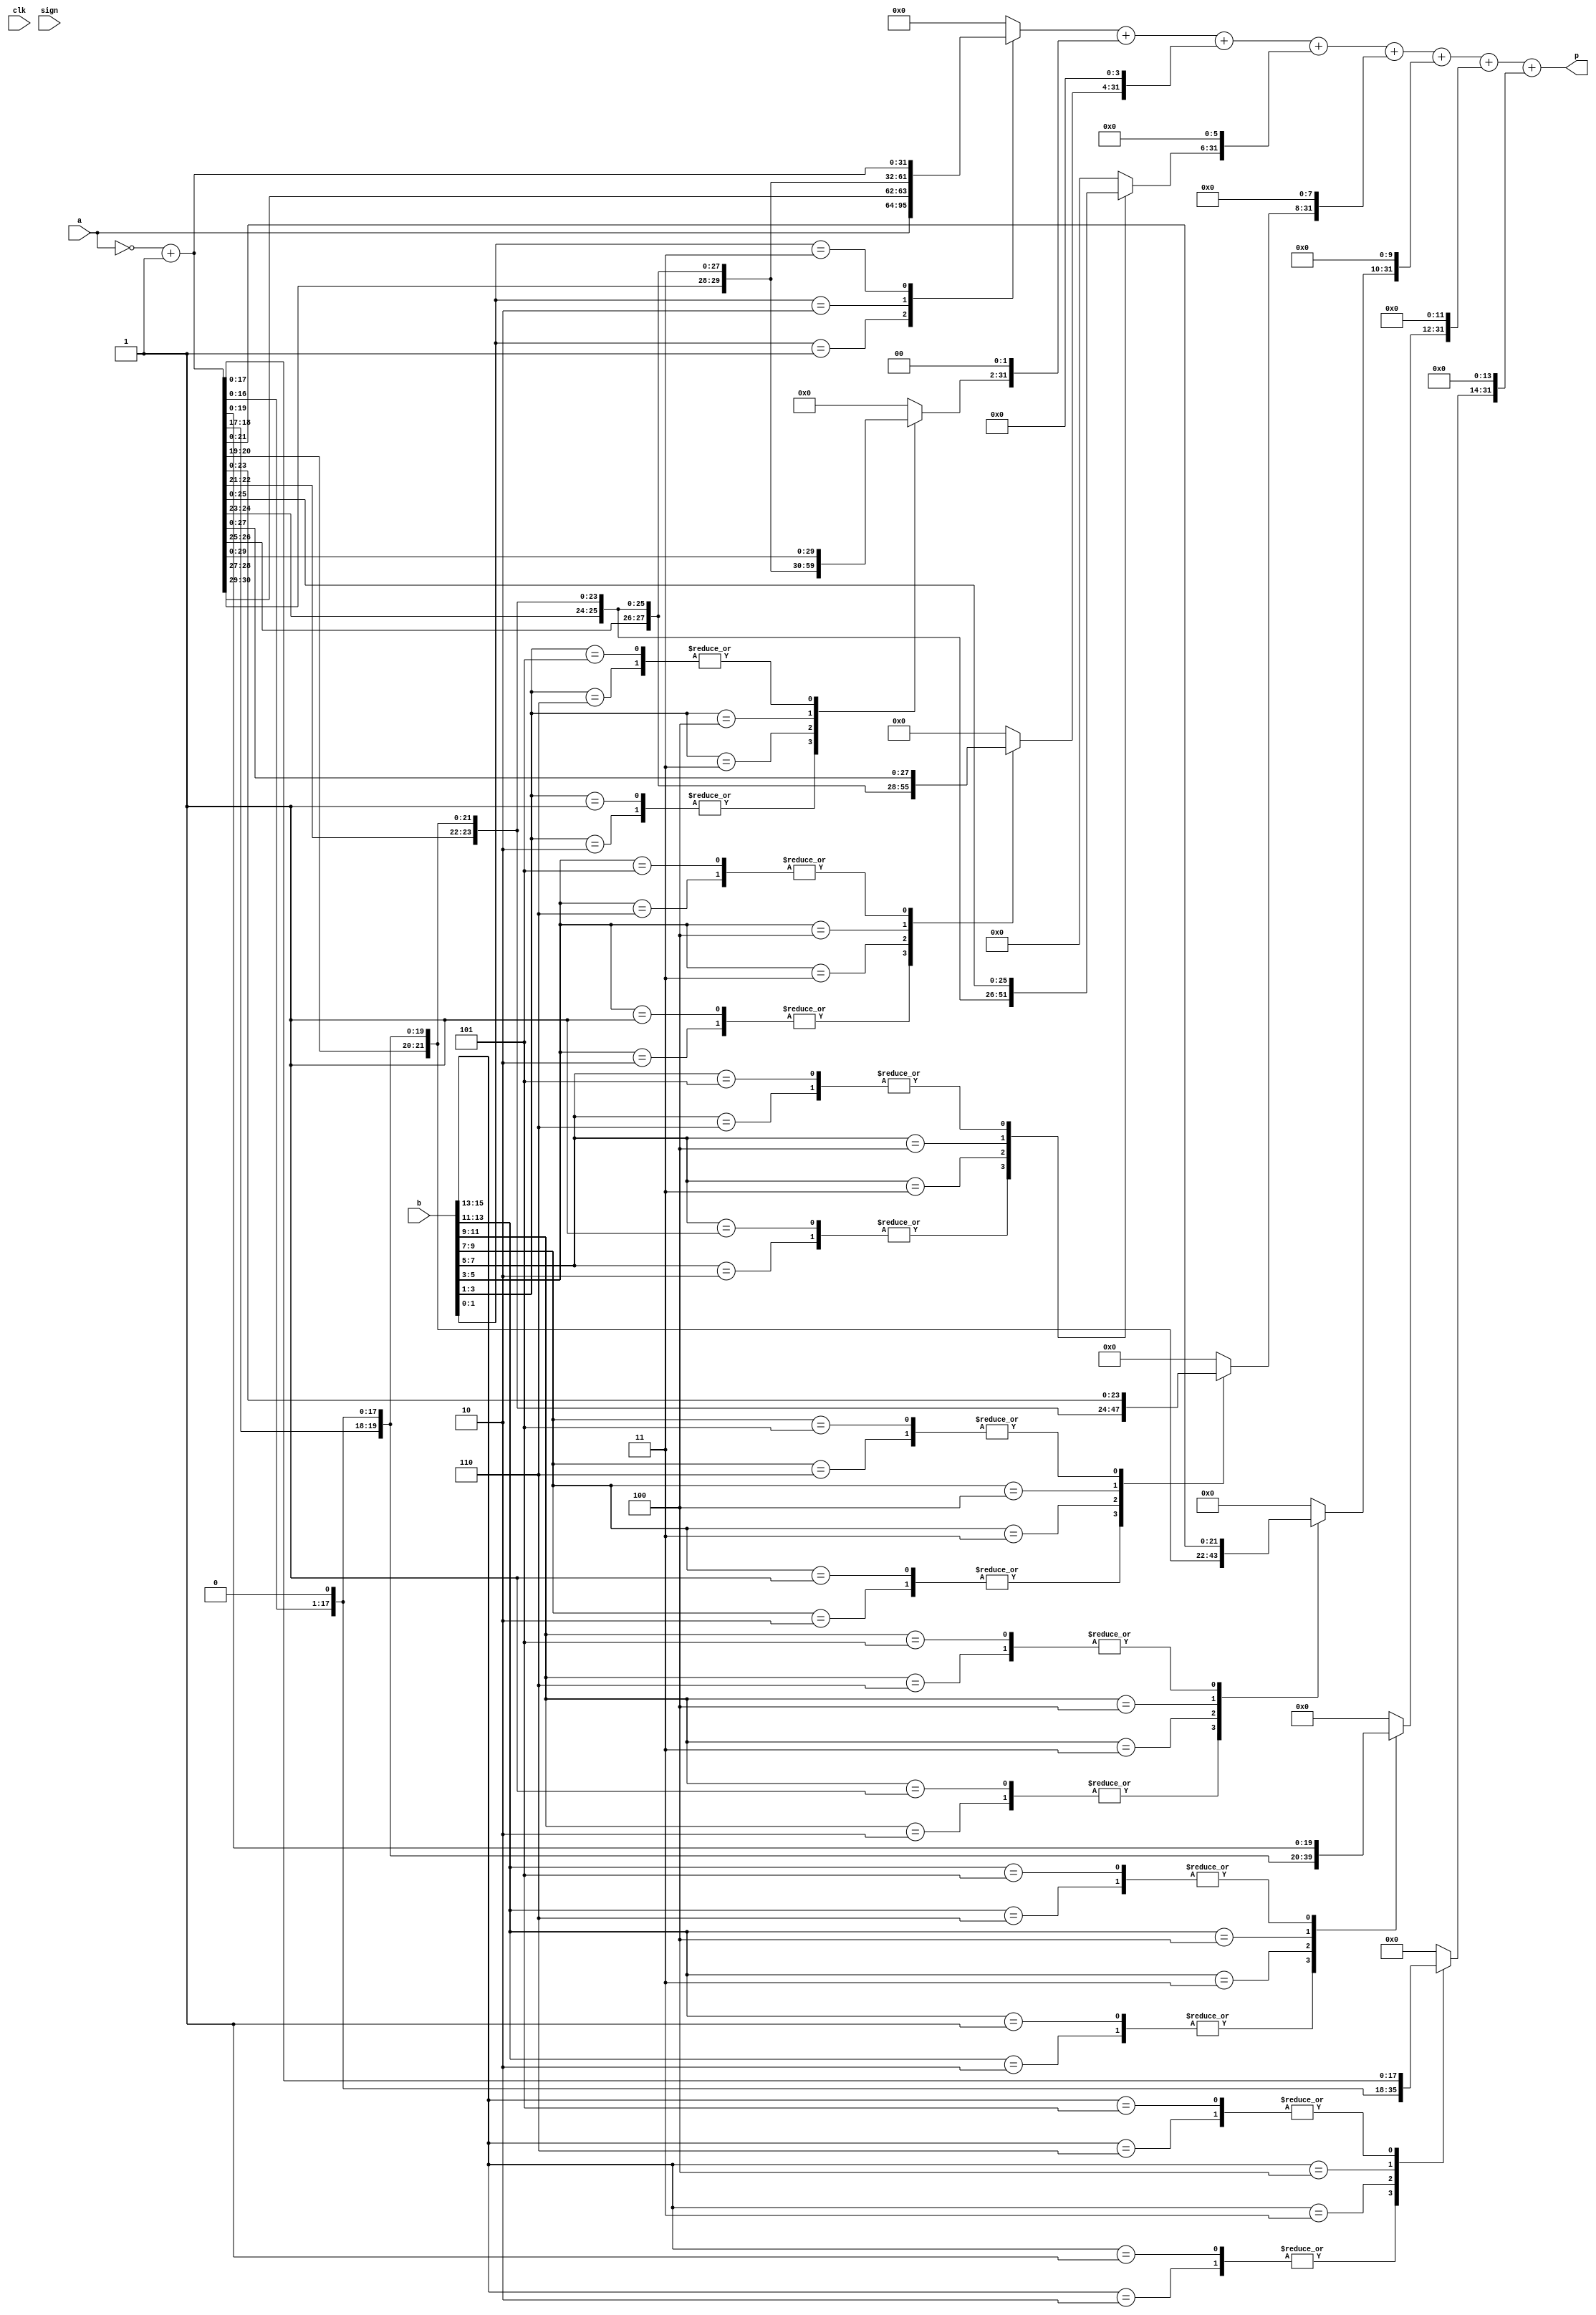
`define width 34
`timescale 1ns/1ps

module booth_mult (p, a, b, clk, sign);
    parameter width=`width;
    parameter N = `width/4;
    input[width-3:0]a, b;
    input clk, sign;
    output[width-3:0]p;
    wire [width-1:0] x, y;

    assign x = {{2{a[31]}} & {2{sign}}, a};
    assign y = {{2{b[31]}} & {2{sign}}, b};

    reg [2:0] cc[N-1:0];
    reg [width:0] pp[N-1:0];
    reg [width:0] spp[N-1:0];
    reg [width:0] prod;
    wire [width:0] inv_x;
    integer kk,ii;

    assign inv_x = {~x[width-1],~x}+1;
    
    always @ (x or y or inv_x)
    begin
        cc[0] = {y[1],y[0],1'b0};
        for(kk=1;kk<N;kk=kk+1)
            cc[kk] = {y[2*kk+1],y[2*kk],y[2*kk-1]};
        for(kk=0;kk<N;kk=kk+1)
        begin
            case(cc[kk])
                3'b001 , 3'b010 : pp[kk] = {x[width-1],x};
                3'b011 : pp[kk] = {x,1'b0};
                3'b100 : pp[kk] = {inv_x[width-1:0],1'b0};
                3'b101 , 3'b110 : pp[kk] = inv_x;
                default : pp[kk] = 0;
            endcase
            spp[kk] = $signed(pp[kk]);
            for(ii=0;ii<kk;ii=ii+1)
                spp[kk] = {spp[kk],2'b00}; //multiply by 2 to the power x or shifting operation
        end //for(kk=0;kk<N;kk=kk+1)
        prod = spp[0];
        for(kk=1;kk<N;kk=kk+1)
            prod = prod + spp[kk];
    end
    assign p = prod[width-3:0];
endmodule